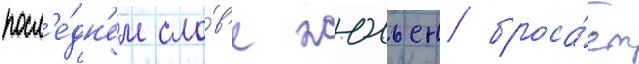
посл'е́дн'ем сло́в'е жюльен броса́ет